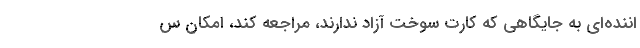
اننده‌ای به جایگاهی که کارت سوخت آزاد ندارند، مراجعه کند، امکان س